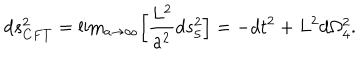
d s _ { C F T } ^ { 2 } = \mathrm { l i m } _ { a \rightarrow \infty } \Big [ { \frac { L ^ { 2 } } { a ^ { 2 } } } d s _ { 5 } ^ { 2 } \Big ] = - d t ^ { 2 } + L ^ { 2 } d \Omega _ { 4 } ^ { 2 } .